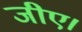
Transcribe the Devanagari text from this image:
जीए।